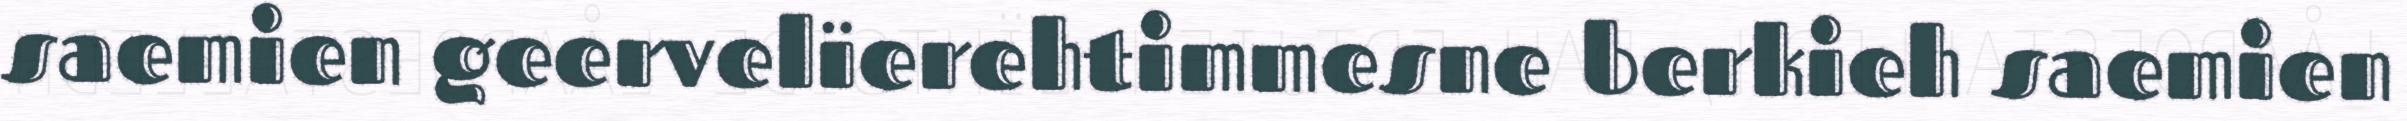
saemien geervelïerehtimmesne berkieh saemien